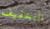
التخفيف